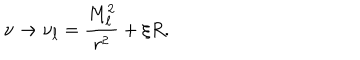
\nu \rightarrow \nu _ { \ell } = \frac { M _ { \ell } ^ { 2 } } { r ^ { 2 } } + \xi R .